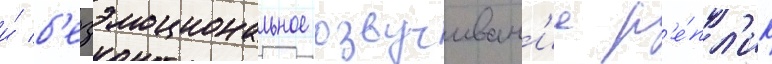
и́ б'езэмоциональное озвучиван'ие р'е́пл'ик